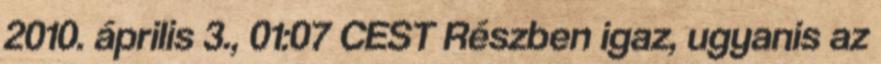
2010. április 3., 01:07 CEST Részben igaz, ugyanis az